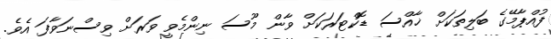
ފުއްޕާމޭގެ ބަލިތަކަށް ޚާއްސަ ޑޮކްޓަރަކަށް ވާން މޫސަ ނިންމެވީ ވަރަށް ވިސްނަވާފަ އެވެ.